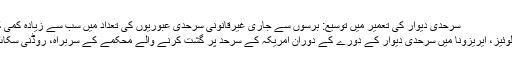
سرحدی دیوار کی تعمیر میں توسیع: برسوں سے جاری غیرقانونی سرحدی عبوریوں کی تعداد میں سب سے زیادہ کمی کا باعث | ShareAmerica
صدر ٹرمپ 23 جون کو سان لوئیز، ایریزونا میں سرحدی دیوار کے دورے کے دوران امریکہ کے سرحد پر گشت کرنے والے محکمے کے سربراہ، روڈنی سکاٹ کے ساتھ باتیں کر رہے ہیں۔